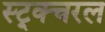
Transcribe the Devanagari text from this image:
स्ट्र्क्चरल